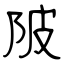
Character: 陂